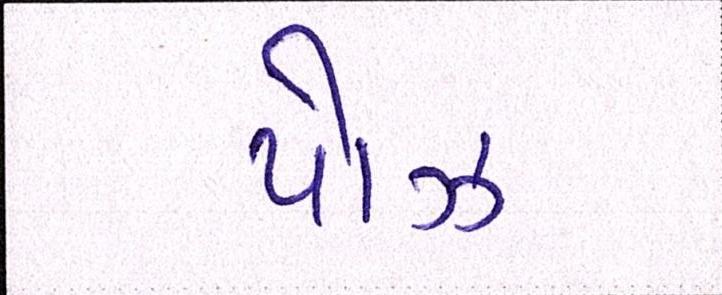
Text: પૉઝ